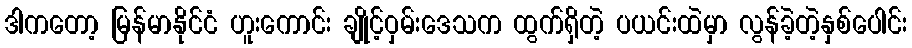
ဒါကတော့ မြန်မာနိုင်ငံ ဟူးကောင်း ချိုင့်ဝှမ်းဒေသက ထွက်ရှိတဲ့ ပယင်းထဲမှာ လွန်ခဲ့တဲ့နှစ်ပေါင်း